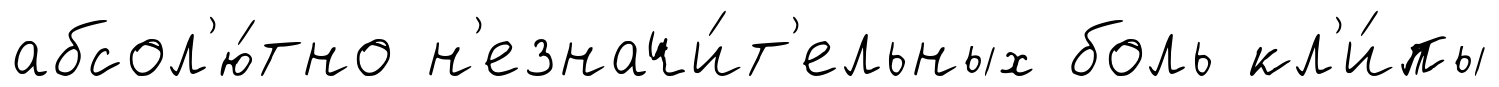
абсол'ю́тно н'езначи́т'ельных боль кл'и́пы